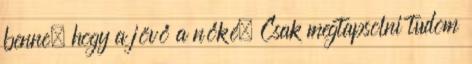
benne, hogy a jövő a nőké. Csak megtapsolni tudom